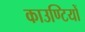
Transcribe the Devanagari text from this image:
काउण्टियों